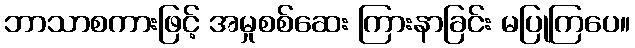
ဘာသာစကားဖြင့် အမှုစစ်ဆေး ကြားနာခြင်း မပြုကြပေ။